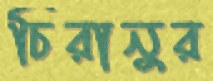
চিরানুর